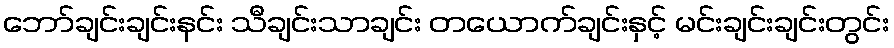
ဘော်ချင်းချင်းနင်း သီချင်းသာချင်း တယောက်ချင်းနှင့် မင်းချင်းချင်းတွင်း